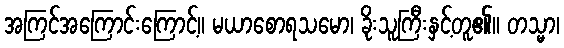
အကြင်အကြောင်းကြောင့်။ မယာစောရသမော၊ ခိုးသူကြီးနှင့်တူ၏။ တသ္မာ၊